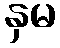
နှမ